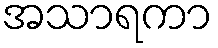
အသာရကာ